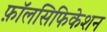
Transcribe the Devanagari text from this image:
फ़ॉलसिफिकेशन